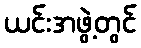
ယင်းအဖွဲ့တွင်